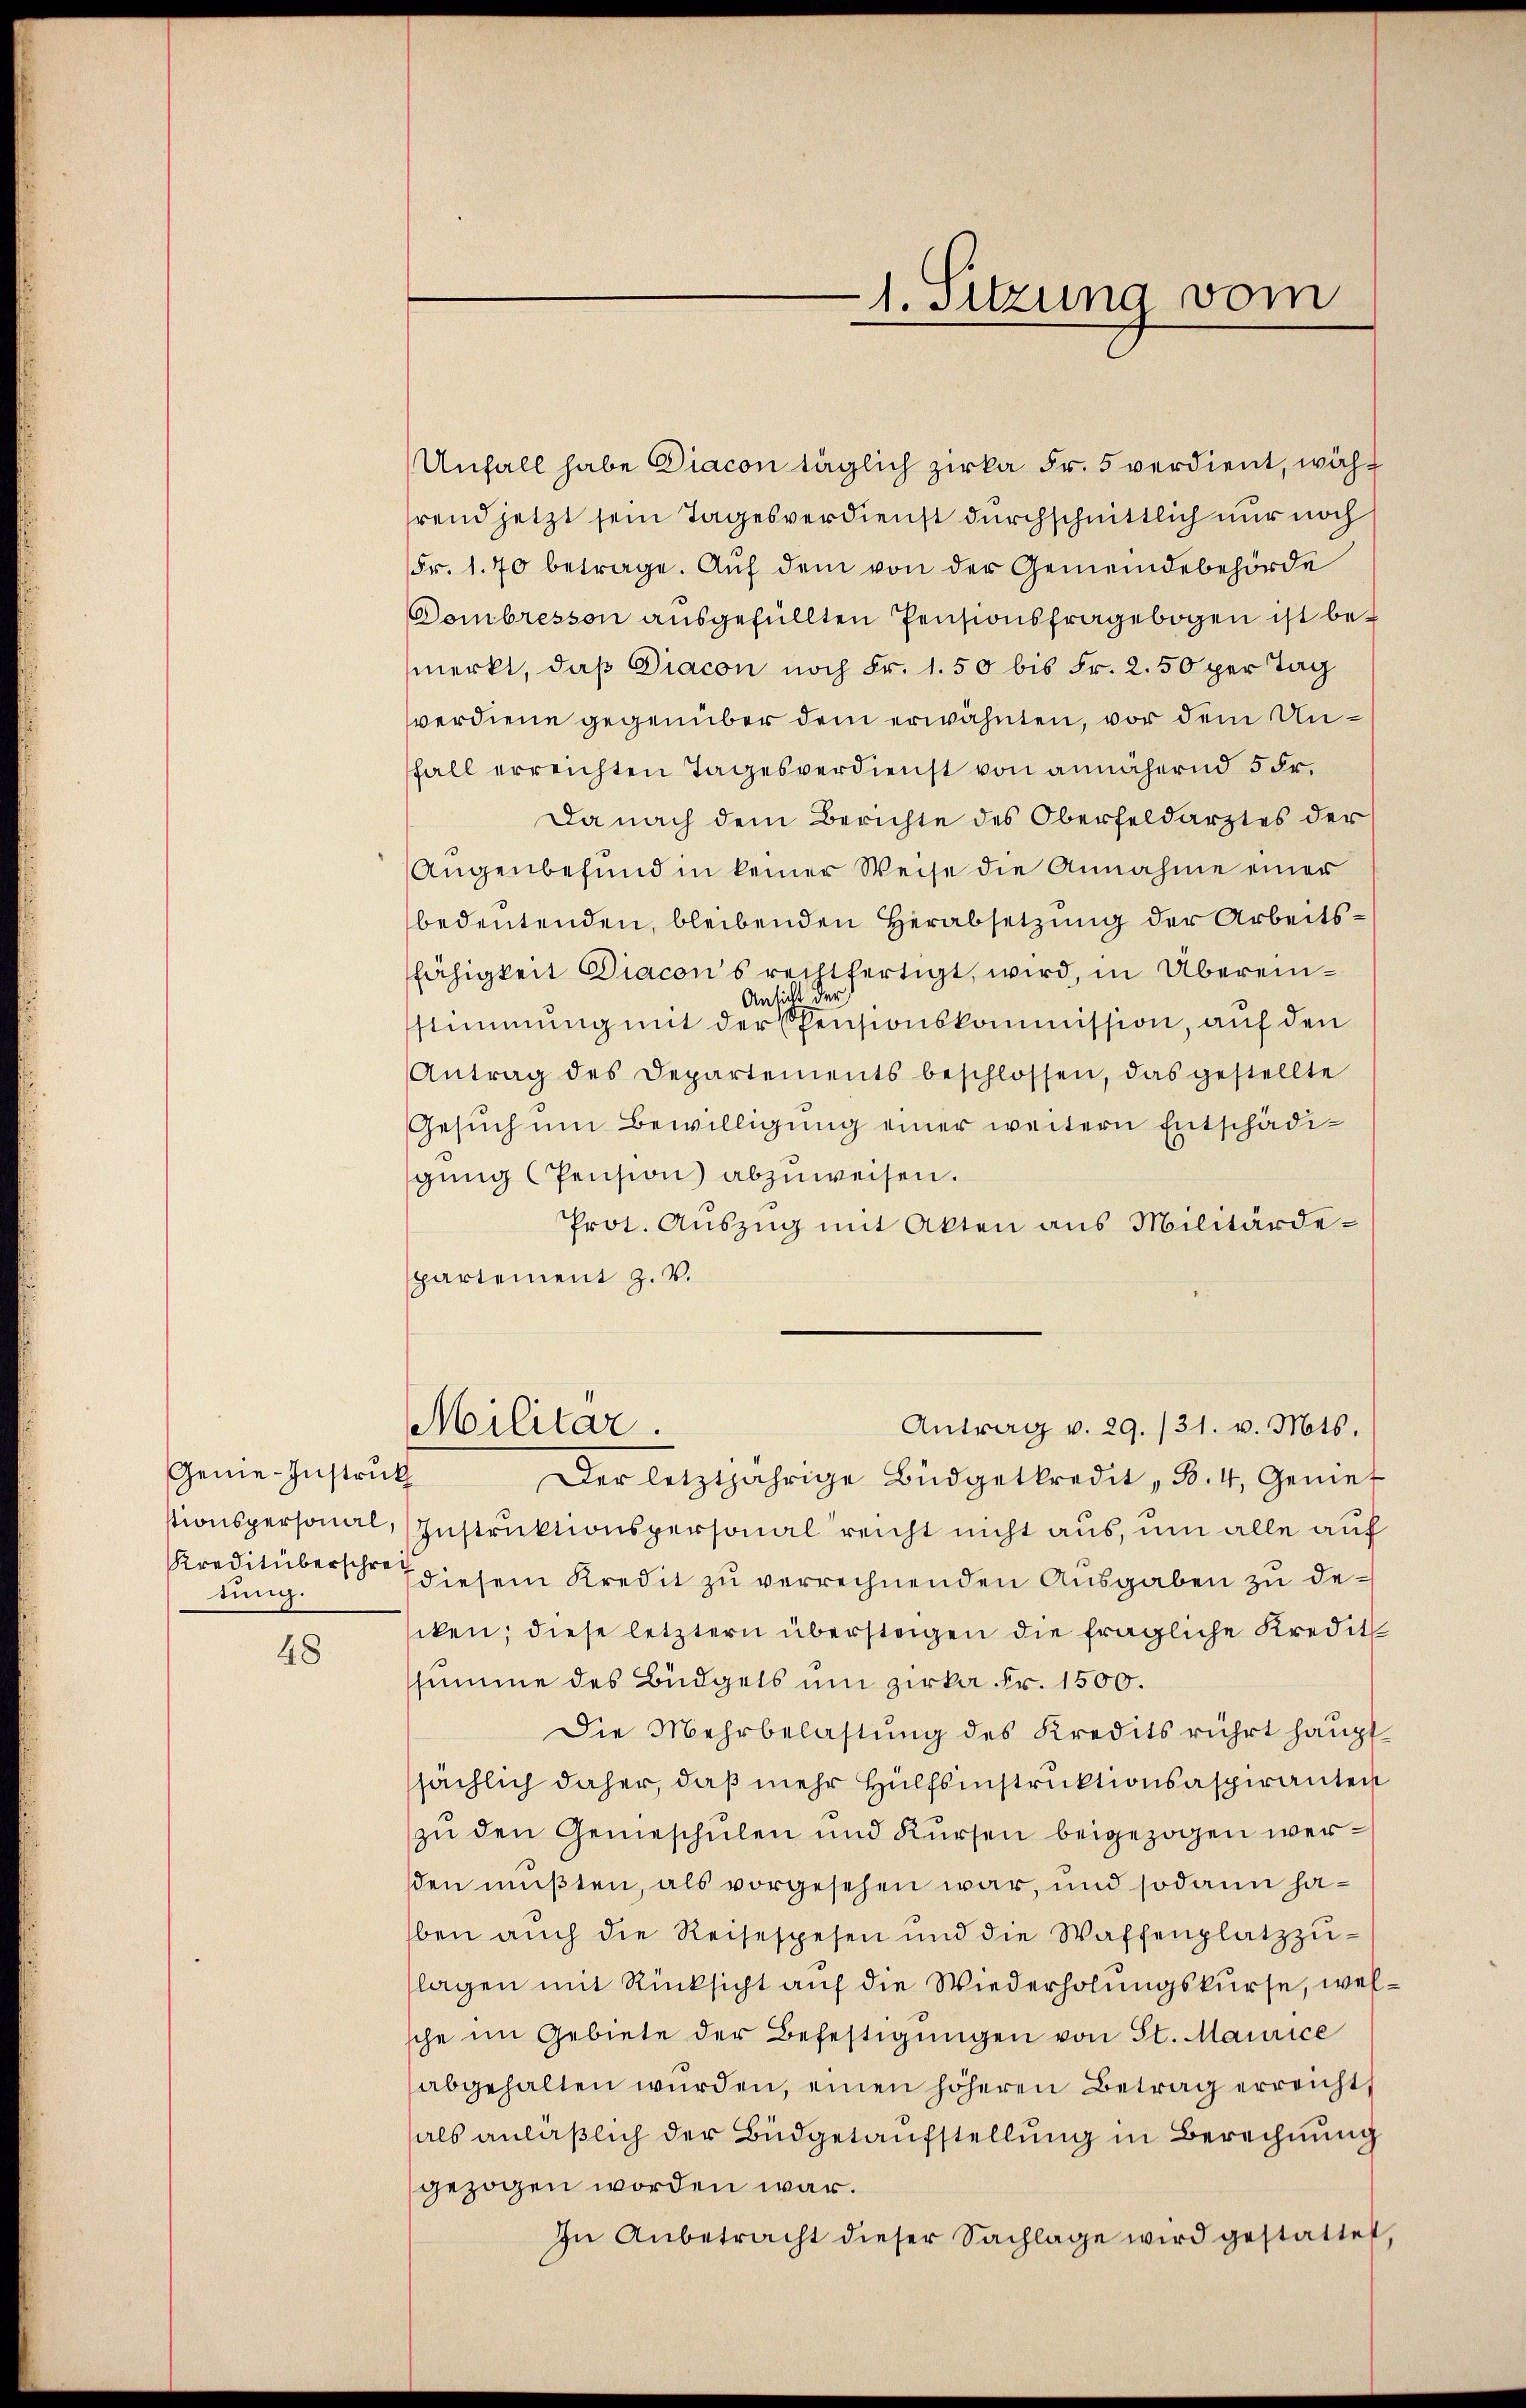
48

Genie-Instruk
stionspersonal,
tung.

Unfall habe Diacon täglich zirka Fr. 5 verdient, während jetzt sein Tagesverdienst durchschnittlich nur noch
Fr. 1. 70 betrage. Aŭf dem von der Gemeindebehörde
Dombresson ausgefüllten Pensionsfragebogen ist bemerkt, daß Diacon noch Fr. 1.50 bis Fr. 2. 50 per Tag
verdiene gegenüber dem erwähnten, vor dem Unfall erreichten Tagesverdienst von annähernd 5 Fr.
Da nach dem Berichte des Oberfeldarztes der
Augenbefund in keiner Weise die Annahme einer
bedeutenden, bleibenden Herabsetzung der Arbeitsfähigkeit Diacons rechtfertigt, wird, in Überein¬
Ansicht der
stimmung mit der Pensionskommission, auf den
Antrag des Departements beschlossen, das gestellte
Gesŭch um Bewilligung einer weitern Entschädigung (Pension abzuweisen.
Prot. Auszug mit Akten aus Militärdepartement z. v.
Militar.
Antrag v. 29./31. v. Mts.
Der letztjährige Büdgetkredit, d. 4, Geniet
Instruktionspersonalreicht nicht aus, um alle auf
Kreditüberschr. diesem Kredit zu verrechnenden Ausgaben zu desiken, diese letztern übersteigen die fragliche Kredit
ssumme des Büdgets um zirka Fr. 1500.
Die Mehrbelastung des Kredits rührt haupt-
sächlich daher, daß mehr Hülfsinstruktionsaspiranten
zu den Gemeschulen und Kursen beigezogen wersden müßten, als vorgesehen war, und sodann haben aŭch die Reisespesen und die Waffenplatzzŭ-
lagen mit Rücksicht auf die Wiederholungskurse, welsche im Gebiete der Befestigungen von St. Maurice
abgehalten würden, einen höheren Betrag erreicht,
als anläßlich der Büdgetaufstellung in Berechnung
gezogen worden war.
In Anbetracht dieser Sachlage wird gestattet,

1. Sitzung vom